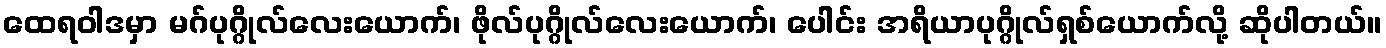
ထေရဝါဒမှာ မဂ်ပုဂ္ဂိုလ်လေးယောက်၊ ဖိုလ်ပုဂ္ဂိုလ်လေးယောက်၊ ပေါင်း အရိယာပုဂ္ဂိုလ်ရှစ်ယောက်လို့ ဆိုပါတယ်။